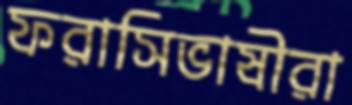
ফরাসিভাষীরা